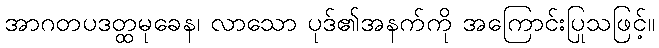
အာဂတပဒတ္ထမုခေန၊ လာသော ပုဒ်၏အနက်ကို အကြောင်းပြုသဖြင့်။